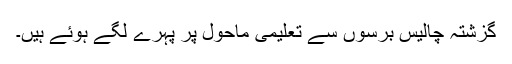
گزشتہ چالیس برسوں سے تعلیمی ماحول پر پہرے لگے ہوئے ہیں۔